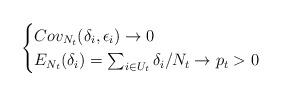
LaTeX: \begin{align*}\begin{cases} Cov_{N_t}(\delta_i, \epsilon_i) \rightarrow 0 \\ E_{N_t}(\delta_i) = \sum_{i\in U_t} \delta_i/N_t \rightarrow p_t > 0 \end{cases} \end{align*}